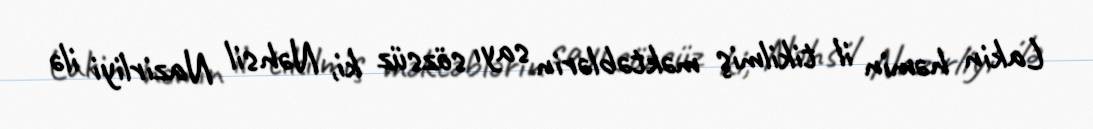
Lakin həmin il tikilmiş məktəblərin sayı sözsüz ki, Nəhsil Nazirliyi ilə